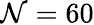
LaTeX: \mathcal{N}=60